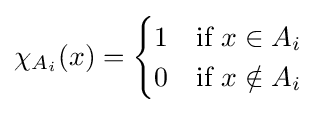
\chi _{A_{i}}(x)={\begin{cases}1&{\text{if }}x\in A_{i}\\0&{\text{if }}x\notin A_{i}\\\end{cases}}